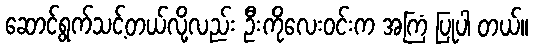
ဆောင်ရွက်သင့်တယ်လို့လည်း ဦးကိုလေးဝင်းက အကြံ ပြုပါ တယ်။